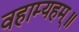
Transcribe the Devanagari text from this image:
वहाम्यहम्॥